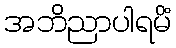
အဘိညာပါရမိံ